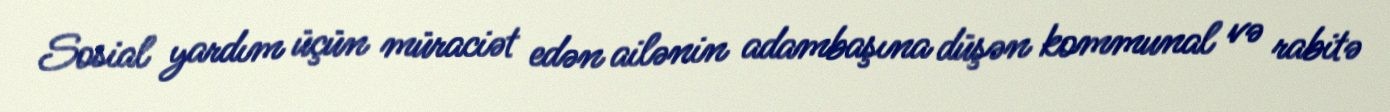
Sosial yardım üçün müraciət edən ailənin adambaşına düşən kommunal və rabitə